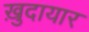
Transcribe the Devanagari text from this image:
ख़ुदायार